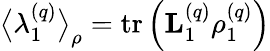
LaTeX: \big\langle\lambda_{1}^{\left(q\right)}\big\rangle_{\rho}=\operatorname{tr}\left(\mathbf{L}_{1}^{\left(q\right)}\rho_{1}^{\left(q\right)}\right)